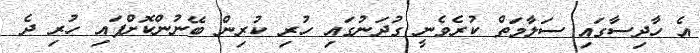
އެ ހާދިސާގައި ސަލާމަތް ކުރެވެނީ ގުދަނުގައި ހުރި ކުރިން ބޭނުންކޮށްފައި ހުރި ދެ